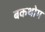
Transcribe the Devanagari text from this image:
बकथोम